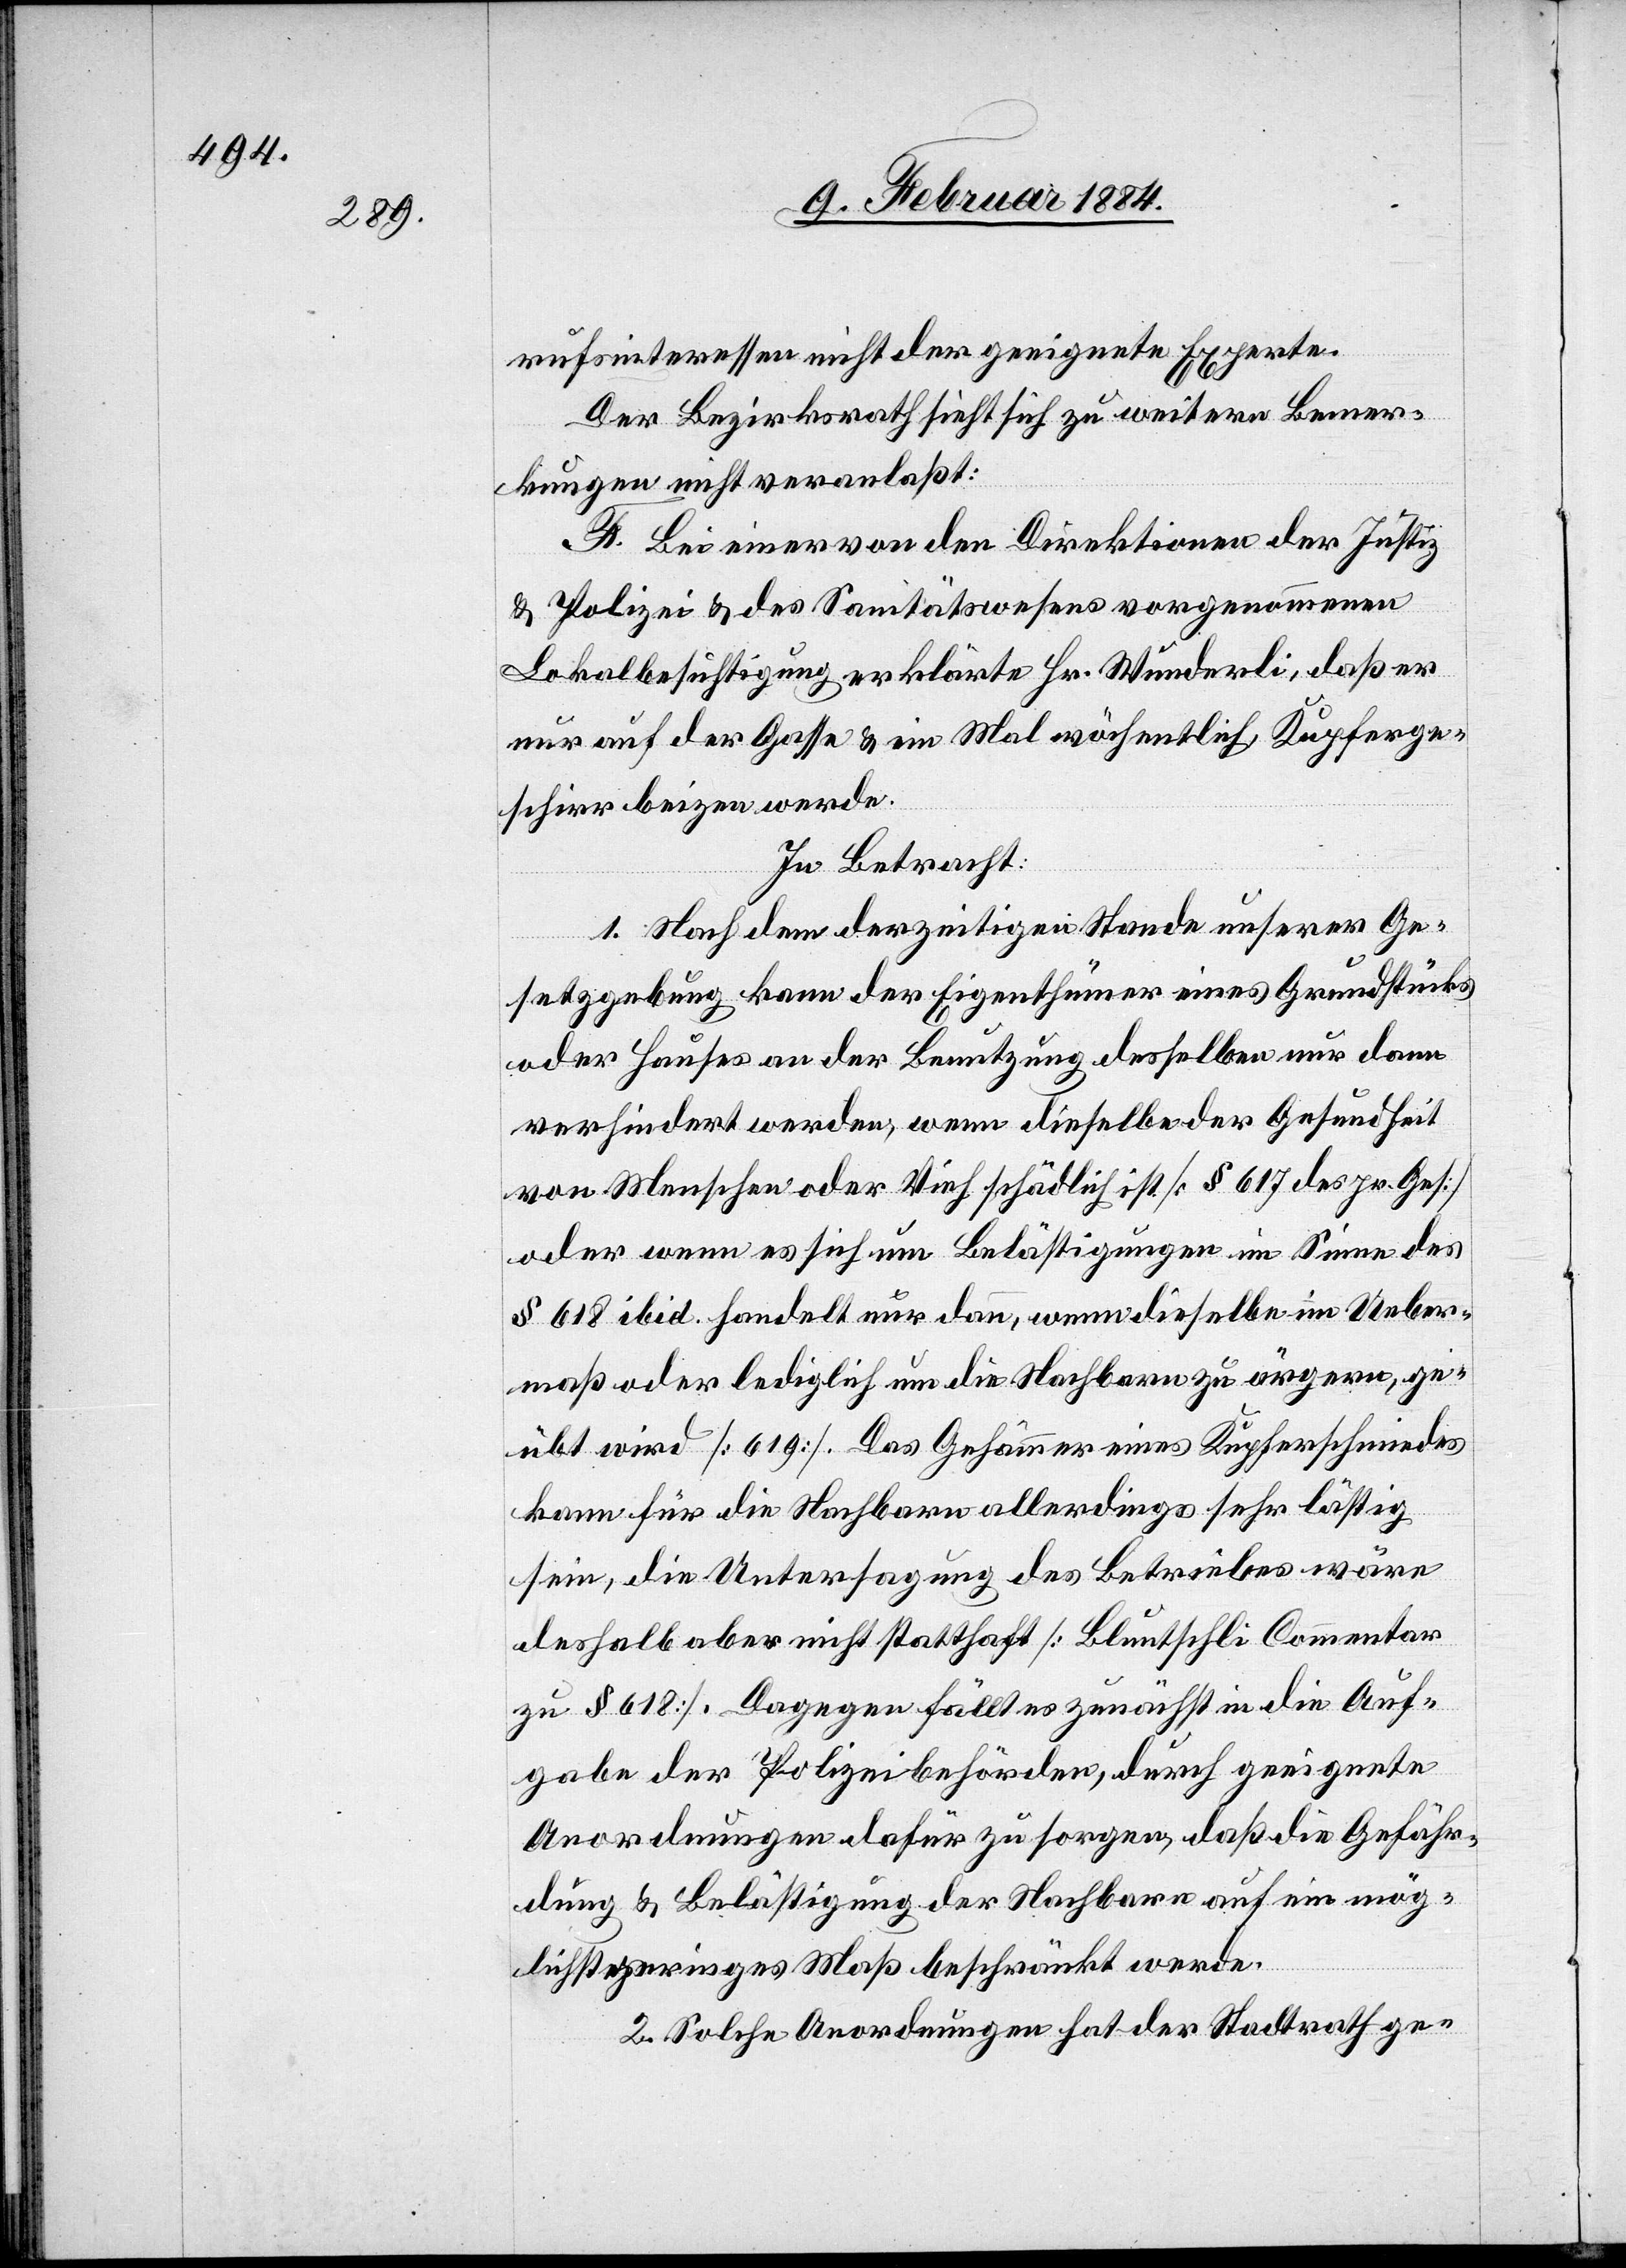
rufsinteressen nicht der geeignete Experte.
Der Bezirksrath sieht sich zu weitern Bemer¬
kungen nicht veranlaßt:
F. Bei einer von den Direktionen der Justiz
& Polizei & des Sanitätswesens vorgenommenen
Lokalbesichtigung erklärte Hr. Wunderli, daß er
nur auf der Gasse & ein Mal wöchentlich Kupferge¬
schirr beizen werde.
In Betracht:
1. Nach dem derzeitigen Stande unserer Ge¬
setzgebung kann der Eigenthümer eines Grundstückes
oder Hauses an der Benutzung desselben nur dann
verhindert werden, wenn dieselbe der Gesundheit
von Menschen oder Vieh schädlich ist [§ 617 des pr. Ges.]
oder wenn es sich um Belästigungen im Sinne des
§ 618 ibid. handelt nur dann, wenn dieselben im Ueber¬
maß oder lediglich um die Nachbarn zu ärgern, ge¬
übt wird [619]. Das Gehämmer eines Kupferschmiedes
kann für die Nachbarn allerdings sehr lästig
sein, die Untersagung des Betriebes wäre
deshalb aber nicht statthaft [Bluntschli Commentar
zu § 618]. Dagegen fällt es zunächst in die Auf¬
gabe der Polizeibehörden, durch geeignete
Anordnungen dafür zu sorgen, daß die Gefähr¬
dung & Belästigung der Nachbarn auf ein mög¬
lichst geringes Maß beschränkt werde.
2. Solche Anordnungen hat der Stadtrath ge-